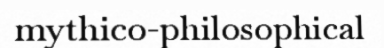
mythico-philosophical